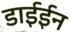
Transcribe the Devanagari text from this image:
डाईईन